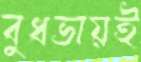
বুধভায়ই